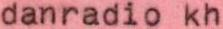
danradio kh